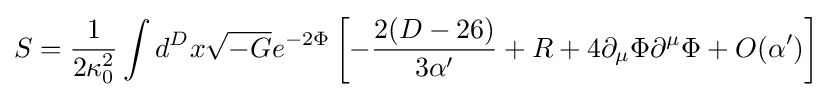
S={\frac {1}{2\kappa _{0}^{2}}}\int d^{D}x{\sqrt {-G}}e^{-2\Phi }\left[-{\frac {2(D-26)}{3\alpha '}}+R+4\partial _{\mu }\Phi \partial ^{\mu }\Phi +O(\alpha ')\right]